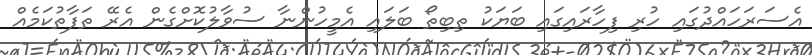
އެސަރަހައްދުގައި ހުރި ފިހާރައިގައި ބަޔަކު ތިބިތޯ ބަލައި އެމީހުންނާ ސުވާލުކޮށްގެން އެރޭ ތަފާތުކަމެއް